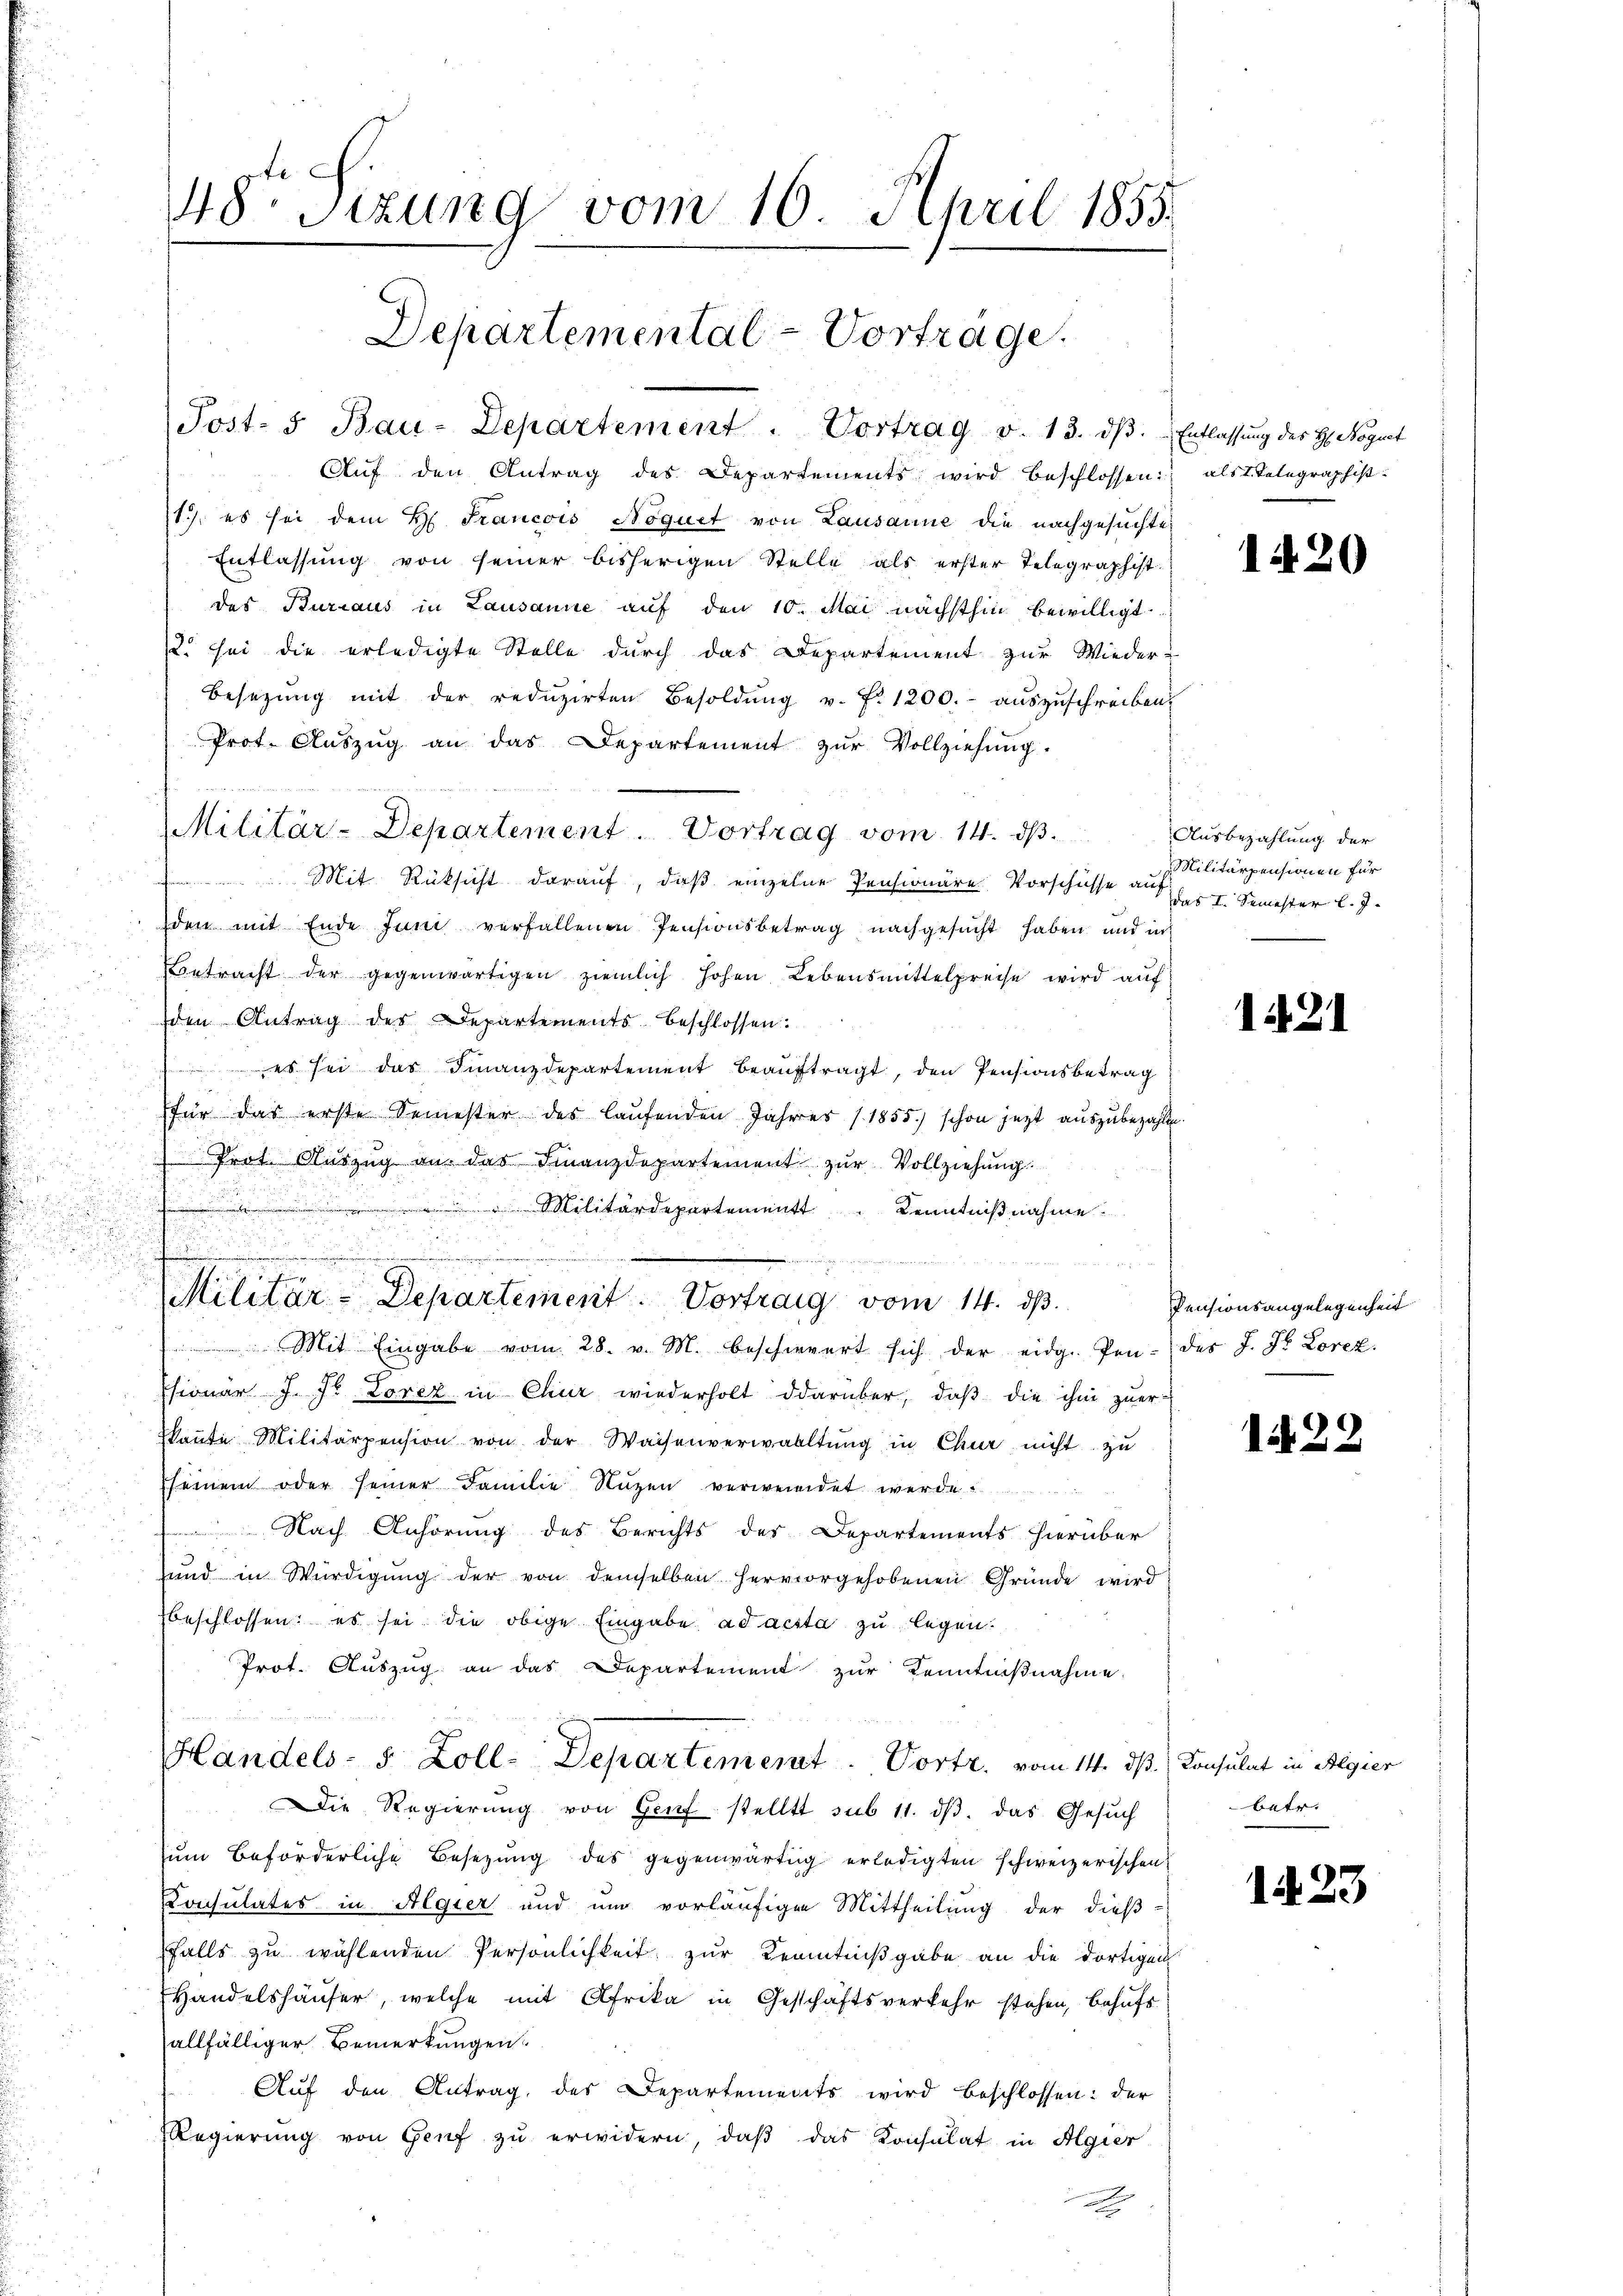
48. Sizung vom 10. April 1855.
Departemental-Vortrage.

Post- 5. Bau-Departement. Vortrag v. 13. dβ.
Aŭf den Antrag des Departements wird beschlossen: als Telegraphist.
1. es sei dem H. Francois Noquet von Lausanne die nachgesuchte
Entlassung von seiner bisherigen Stelle als erster Telegraphist.
des Bureaus in Lausanne auf den 10. Mai nächsthin bewilligt
2. sei die erledigte Stelle durch das Departement zur Wieder
Besetzŭng mit der redŭzirten Besoldŭng v. Fr. 1200.- auszuschreiben
Prot. Auszug an das Departement zur Vollziehung.
 u Mit Rücksicht darauf, daß einzelne Pensionäre Vorschüsse au
den mit Ende Juni verfallenen Pensionsbetrag nachgesucht haben und in
Betracht der gegenwärtigen ziemlich hohen Lebensmittelpreise wird auf
den Antrag der Departements beschlossen:
 es sei das Finanzdepartement beauftragt, den Pensionsbetrag
für das erste Semester des laŭfenden Jahres (1855.) schon jezt aŭszŭbezahlen.
 Prot. Aŭszŭg an das Finanzdepartement zŭr Vollziehung.
.
 Militärdepartement Kenntnißnahme.
e
Mit Eingabe vom 28. v. M. beschwert sich der eidg. Pendes J. St. Lorez.
fsionar J. J. Lorez in Chur wiederholt darüber, daβ die ihm zuer-
kaṅte Militärpension von der Waisenverwaltŭng in Chur nicht zu
seinem oder seiner Familie Nuzen verwendet werde
 Nach Anhörung des Berichts des Departements hierüber
und in Würdigung der von demselben hervorgehobenen Gründe wird
beschlossen: es sei die obige Eingabe ad acta zu legen.
Prot. Auszug an das Departement zur Kenntnißnahme.
Handels- 5 Zoll-Departement. Portr. vom 14. ds.
Die Regierung von Genf stellt sub 11. dβ. das Gesuch
ŭm Beförderliche Besetzŭng des gegenwärtig erledigten schweizerischen
Consulates in Algier und um vorläufigen Mittheilung der dieβ-
falls zu wählenden Persönlichkeit zur Kenntnißgabe an die dortigen
Handelshäuser, welche mit Afrika in Geschäftsverkehr stehen, behufs
allfälliger Bemerkungen
Aŭf den Antrag, des Departements wird beschlossen: der
Regierung von Genf zu erwidern, daß das Konsulat in Algier
a

Militär-Departement. Vortrag vom 14. dβ.

.
   Bern
Militär-Departement. Vortrag vom 14. dβ.

Entlassung des H. Noguet

1420

Ausbezahlung der
Militärpensionen für
das I. Semester l. J.

1421

Pensionsangelegenheit

122

Konsulat in Algier
betr.

1423